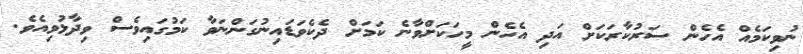
ނުވިކަމެއް އެހެން ސަރުކާރަކަށް އަދި އެހެން މީހަކަށްވާނެ ކަމަށް ދެކެވަޑައިނުގަންނަވާ ކަމުގައިވެސް ވިދާޅުވިއެވެ.